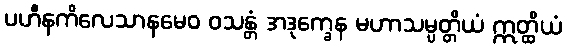
ပဟီနကိလေသာနမေဝ ဝသန္တံ အဒုက္ခေန မဟာသမ္ပတ္တိယံ ဣတ္ထိယံ